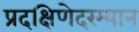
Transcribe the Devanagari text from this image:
प्रदक्षिणेदरम्यान